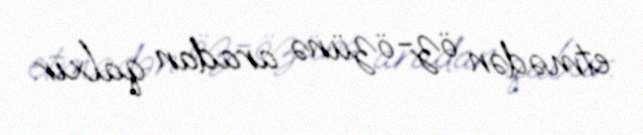
etmədən öz-özünə aradan qalxır.